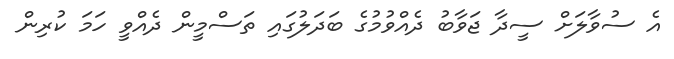
އެ ސުވާލަށް ސީދާ ޖަވާބު ދެއްވުމުގެ ބަދަލުގައި ތަސްމީން ދެއްވީ ހަމަ ކުރިން